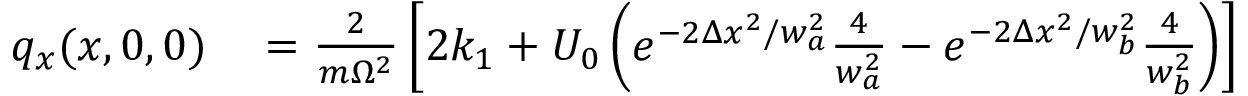
\begin{array} { r l } { q _ { x } ( x , 0 , 0 ) } & { { } = \frac { 2 } { m \Omega ^ { 2 } } \left[ 2 k _ { 1 } + U _ { 0 } \left( e ^ { - 2 \Delta x ^ { 2 } / w _ { a } ^ { 2 } } \frac { 4 } { w _ { a } ^ { 2 } } - e ^ { - 2 \Delta x ^ { 2 } / w _ { b } ^ { 2 } } \frac { 4 } { w _ { b } ^ { 2 } } \right) \right] } \end{array}